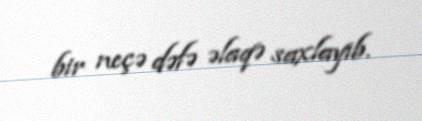
bir neçə dəfə əlaqə saxlayıb.